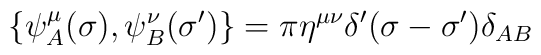
\{ \psi_A^{\mu}(\sigma) , \psi_B^{\nu}(\sigma')\} =\pi \eta^{\mu\nu}\delta'(\sigma-\sigma')\delta_{AB}